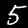
Label: 5